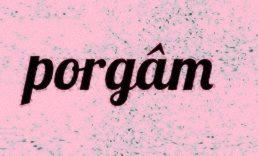
porgâm